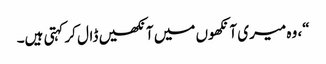
“، وہ میری آنکھوں میں آنکھیں ڈال کر کہتی ہیں۔